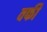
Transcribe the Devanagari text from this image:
वर्फी